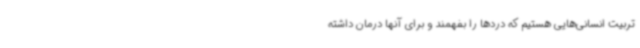
تربیت انسانی‌هایی هستیم که دردها را بفهمند و برای آنها درمان داشته